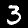
Digit: 3